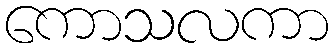
ကောသလကာ